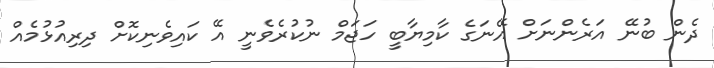
ދެން ބުނޭ އަރެންނަށް އޭނަގެ ކާމިޔާބީ ހަޖަމް ނުކުރެވެނީ އޭ ކައިވެނިކޮށް ދިރިއުޅުމެއް